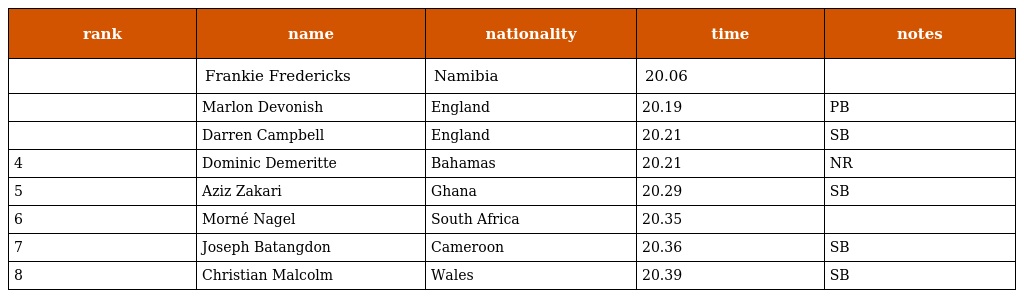
| rank | name | nationality | time | notes |
 | --- | --- | --- | --- | --- |
 |  | Frankie Fredericks | Namibia | 20.06 |  |
 |  | Marlon Devonish | England | 20.19 | PB |
 |  | Darren Campbell | England | 20.21 | SB |
 | 4 | Dominic Demeritte | Bahamas | 20.21 | NR |
 | 5 | Aziz Zakari | Ghana | 20.29 | SB |
 | 6 | Morné Nagel | South Africa | 20.35 |  |
 | 7 | Joseph Batangdon | Cameroon | 20.36 | SB |
 | 8 | Christian Malcolm | Wales | 20.39 | SB |